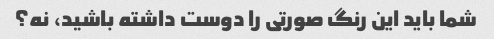
شما باید این رنگ صورتی را دوست داشته باشید، نه؟